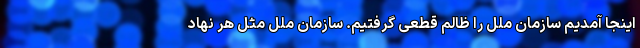
اینجا آمدیم سازمان ملل را ظالم قطعی گرفتیم. سازمان ملل مثل هر نهاد